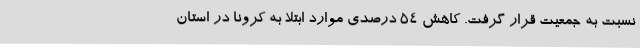
نسبت به جمعیت قرار گرفت. کاهش 54 درصدی موارد ابتلا به کرونا در استان